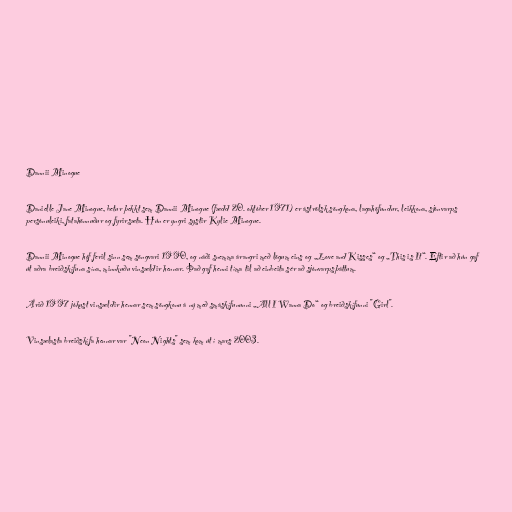
Dannii Minogue

Danielle Jane Minogue, betur þekkt sem Dannii Minogue (fædd 20. október 1971) er áströlsk söngkona, lagahöfundur, leikkona, sjónvarps
persónuleiki, fatahönnuður og fyrirsæta. Hún er yngri systir Kylie Minogue.

Dannii Minogue hóf feril sinn sem söngvari 1990, og náði snemma árangri með lögum eins og „Love and Kisses“ og „This is It“. Eftir að hún gaf
út aðra breiðskífuna sína, minnkuðu vinsældir hennar. Það gaf henni tíma til að einbeita sér að sjónvarpsþáttum.

Árið 1997 jókust vinsældir hennar sem söngkonu á ný með smáskífununni „All I Wanna Do“ og breiðskífunni "Girl".

Vinsælasta breiðskífa hennar var "Neon Nights" sem kom út í mars 2003.